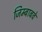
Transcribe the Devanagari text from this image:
जिम्बाबवे